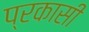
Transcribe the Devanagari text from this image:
प्रकासी